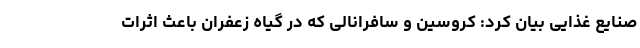
صنایع غذایی بیان کرد: کروسین و سافرانالی که در گیاه زعفران باعث اثرات